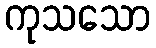
ကုသသော